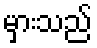
မှားသည်